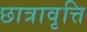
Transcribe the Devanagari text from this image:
छात्रावृत्ति